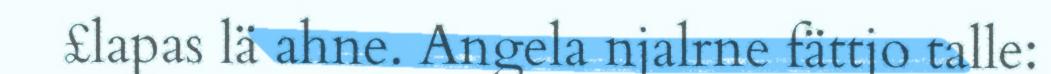
£lapas lä ahne. Angela njalrne fättjo talle: